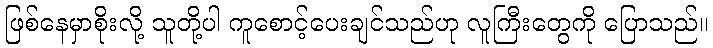
ဖြစ်နေမှာစိုးလို့ သူတို့ပါ ကူစောင့်ပေးချင်သည်ဟု လူကြီးတွေကို ပြောသည်။